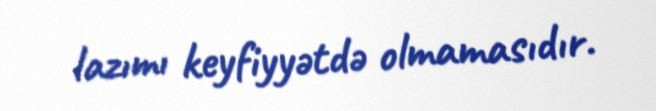
lazımı keyfiyyətdə olmamasıdır.